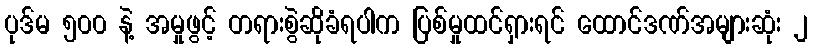
ပုဒ်မ ၅၀၀ နဲ့ အမှုဖွင့် တရားစွဲဆိုခံရပါက ပြစ်မှုထင်ရှားရင် ထောင်ဒဏ်အများဆုံး ၂